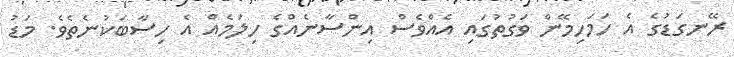
ރޭނގަޑުގެ އެ ހަމަހިމޭން ވަގުތުގައި އެއްވެސް އިންސާނެއްގެ ހިލަމެއް އެ ހިސާބަކުނެތެވެ. މަޑު